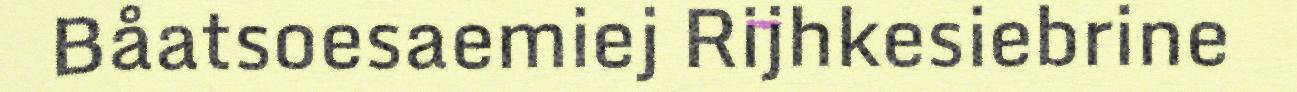
Båatsoesaemiej Rijhkesiebrine